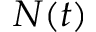
N ( t )